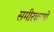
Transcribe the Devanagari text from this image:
समीरकणों